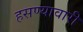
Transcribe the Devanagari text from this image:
हसण्यावारी